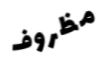
مظروف